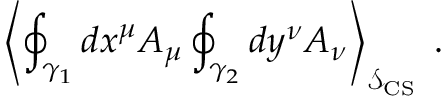
\left\langle \oint _ { \gamma _ { 1 } } d x ^ { \mu } A _ { \mu } \oint _ { \gamma _ { 2 } } d y ^ { \nu } A _ { \nu } \right\rangle _ { \mathcal { S } _ { \mathrm { C S } } } \; .